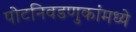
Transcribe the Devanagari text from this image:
पोटनिवडणुकांमध्ये